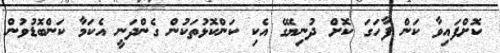
ކޮށްފައިވާ ކަން ފާހަގަ ކޮށް ދުނިޔޭގެ އެކި ކަންކޮޅުތަކުން ގެންދަނީ އެކަމާ ކަންބޮޑުވުން